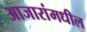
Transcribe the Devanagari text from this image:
आजारांमधील